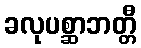
ခလုပစ္ဆာဘတ္တီ